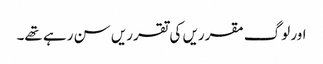
اور لوگ مقرریں کی تقرریں سن رہے تھے۔